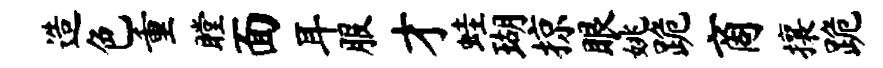
造色重瞠面耳服才蛙瑚掠眼姚跪商攘跪